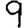
Digit: 9